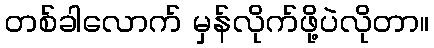
တစ်ခါလောက် မှန်လိုက်ဖို့ပဲလိုတာ။